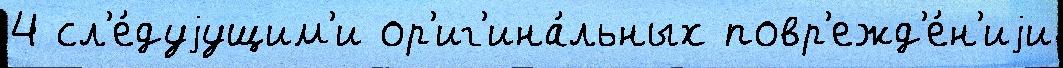
4 сл'е́дуjущим'и ор'иг'ина́льных повр'ежд'е́н'иjи